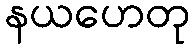
နယဟေတု